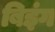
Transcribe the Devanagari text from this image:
बिइंग